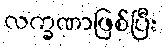
လက္ခဏာဖြစ်ပြီး